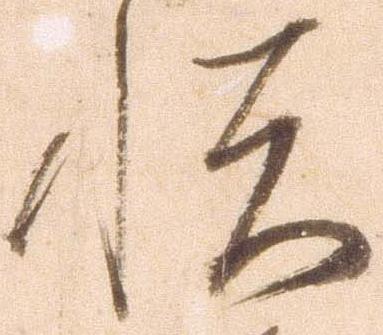
悦